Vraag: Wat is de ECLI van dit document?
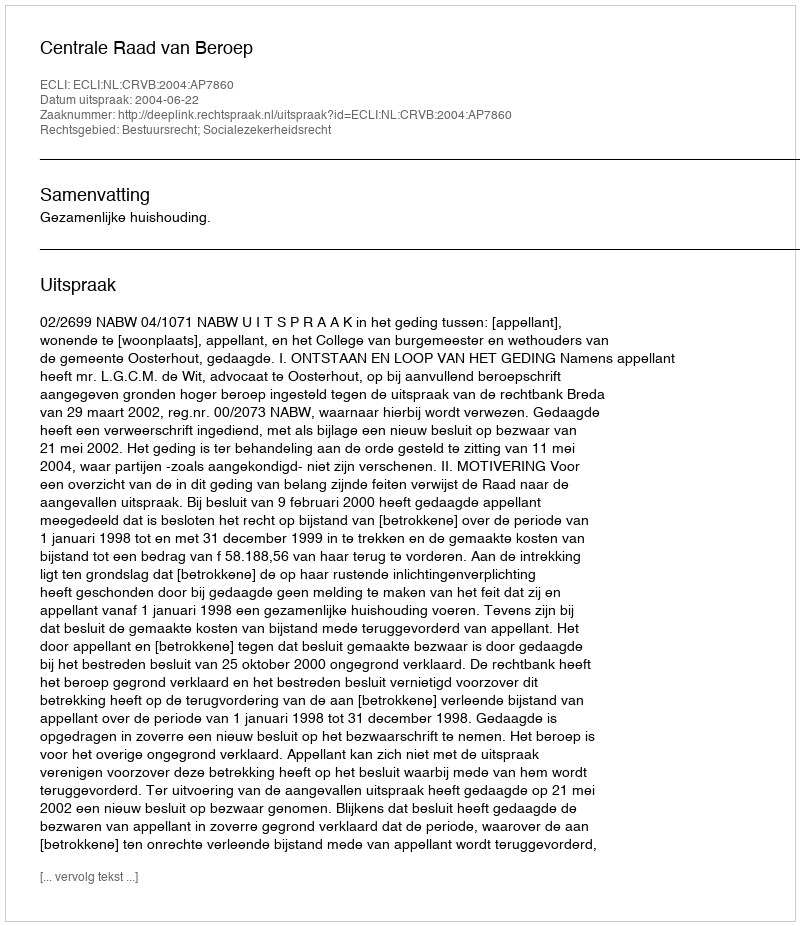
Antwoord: ECLI:NL:CRVB:2004:AP7860